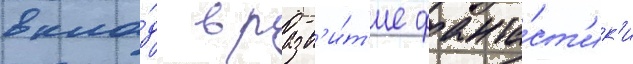
вкла́д в разв'и́т'ие фанта́ст'ик'и